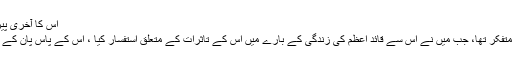
اس کا آخری پیرا گراف قارئین کے لئے :
“وہ (آزاد ڈرائیور )بے حد متفکر تھا، جب میں نے اس سے قائد اعظم کی زندگی کے بارے میں اس کے تاثرات کے متعلق استفسار کیا ، اس کے پاس پان کے لئے بھی پیسے نہیں تھے۔